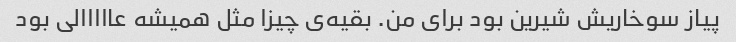
پیاز سوخاریش شیرین بود برای من. بقیه‌ی چیزا مثل همیشه عااااالی بود